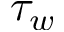
\tau _ { w }